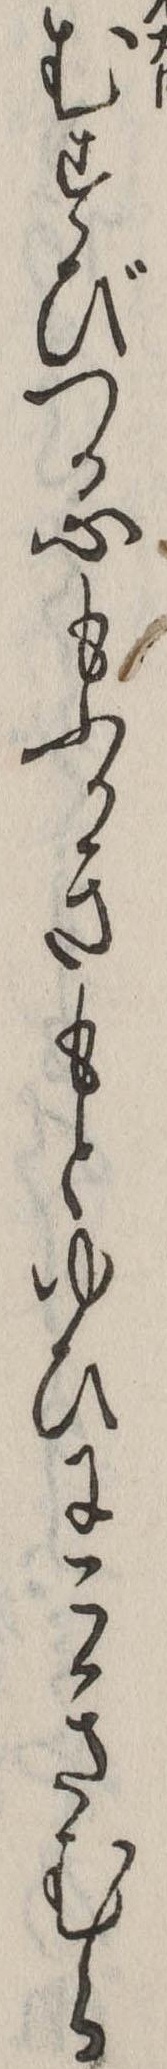
むすびつる心もふかきもとゆひにこきむら